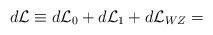
LaTeX: \begin{align*}d{\cal{L}} \equiv d{\cal{L}}_{0}+ d{\cal{L}}_{1}+d{\cal{L}}_{WZ} =\end{align*}